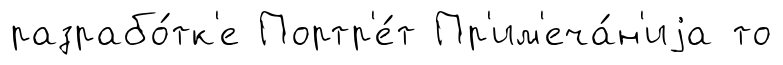
разрабо́тк'е Портр'е́т Пр'им'еча́н'иjа то